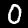
Digit: 0